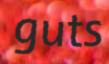
guts